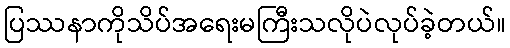
ပြဿနာကိုသိပ်အရေးမကြီးသလိုပဲလုပ်ခဲ့တယ်။